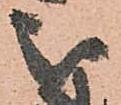
被